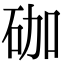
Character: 𥑆